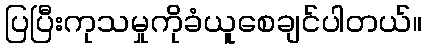
ပြပြီးကုသမှုကိုခံယူစေချင်ပါတယ်။